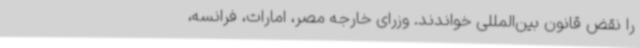
را نقض قانون بین‌المللی خواندند. وزرای خارجه مصر، امارات، فرانسه،